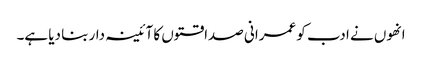
انھوں نے ادب کو عمرانی صداقتوں کا آئینہ دار بنا دیا ہے۔